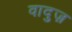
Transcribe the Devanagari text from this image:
वादुज़